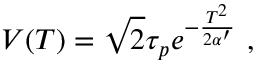
V ( T ) = \sqrt { 2 } \tau _ { p } e ^ { - { \frac { T ^ { 2 } } { 2 \alpha ^ { \prime } } } } \ ,